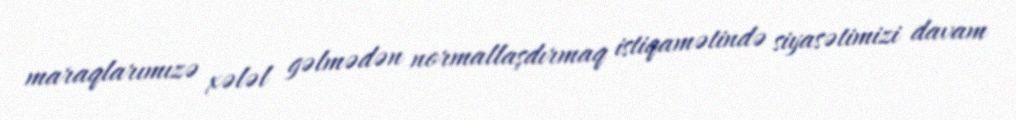
maraqlarımızə xələl gəlmədən normallaşdırmaq istiqamətində siyasətimizi davam